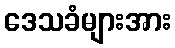
ဒေသခံများအား